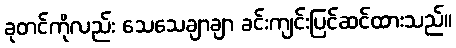
ခုတင်ကိုလည်း သေသေချာချာ ခင်းကျင်းပြင်ဆင်ထားသည်။